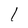
Character: l